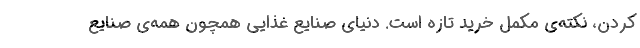
کردن، نکته‌ی مکمل خرید تازه است. دنیای صنایع غذایی همچون همه‌ی صنایع